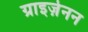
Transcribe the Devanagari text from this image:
ग्राइज़ेनन